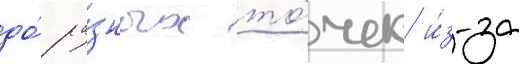
до́ ра́зных то́чек и́з-за